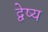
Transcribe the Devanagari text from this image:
द्वेष्य